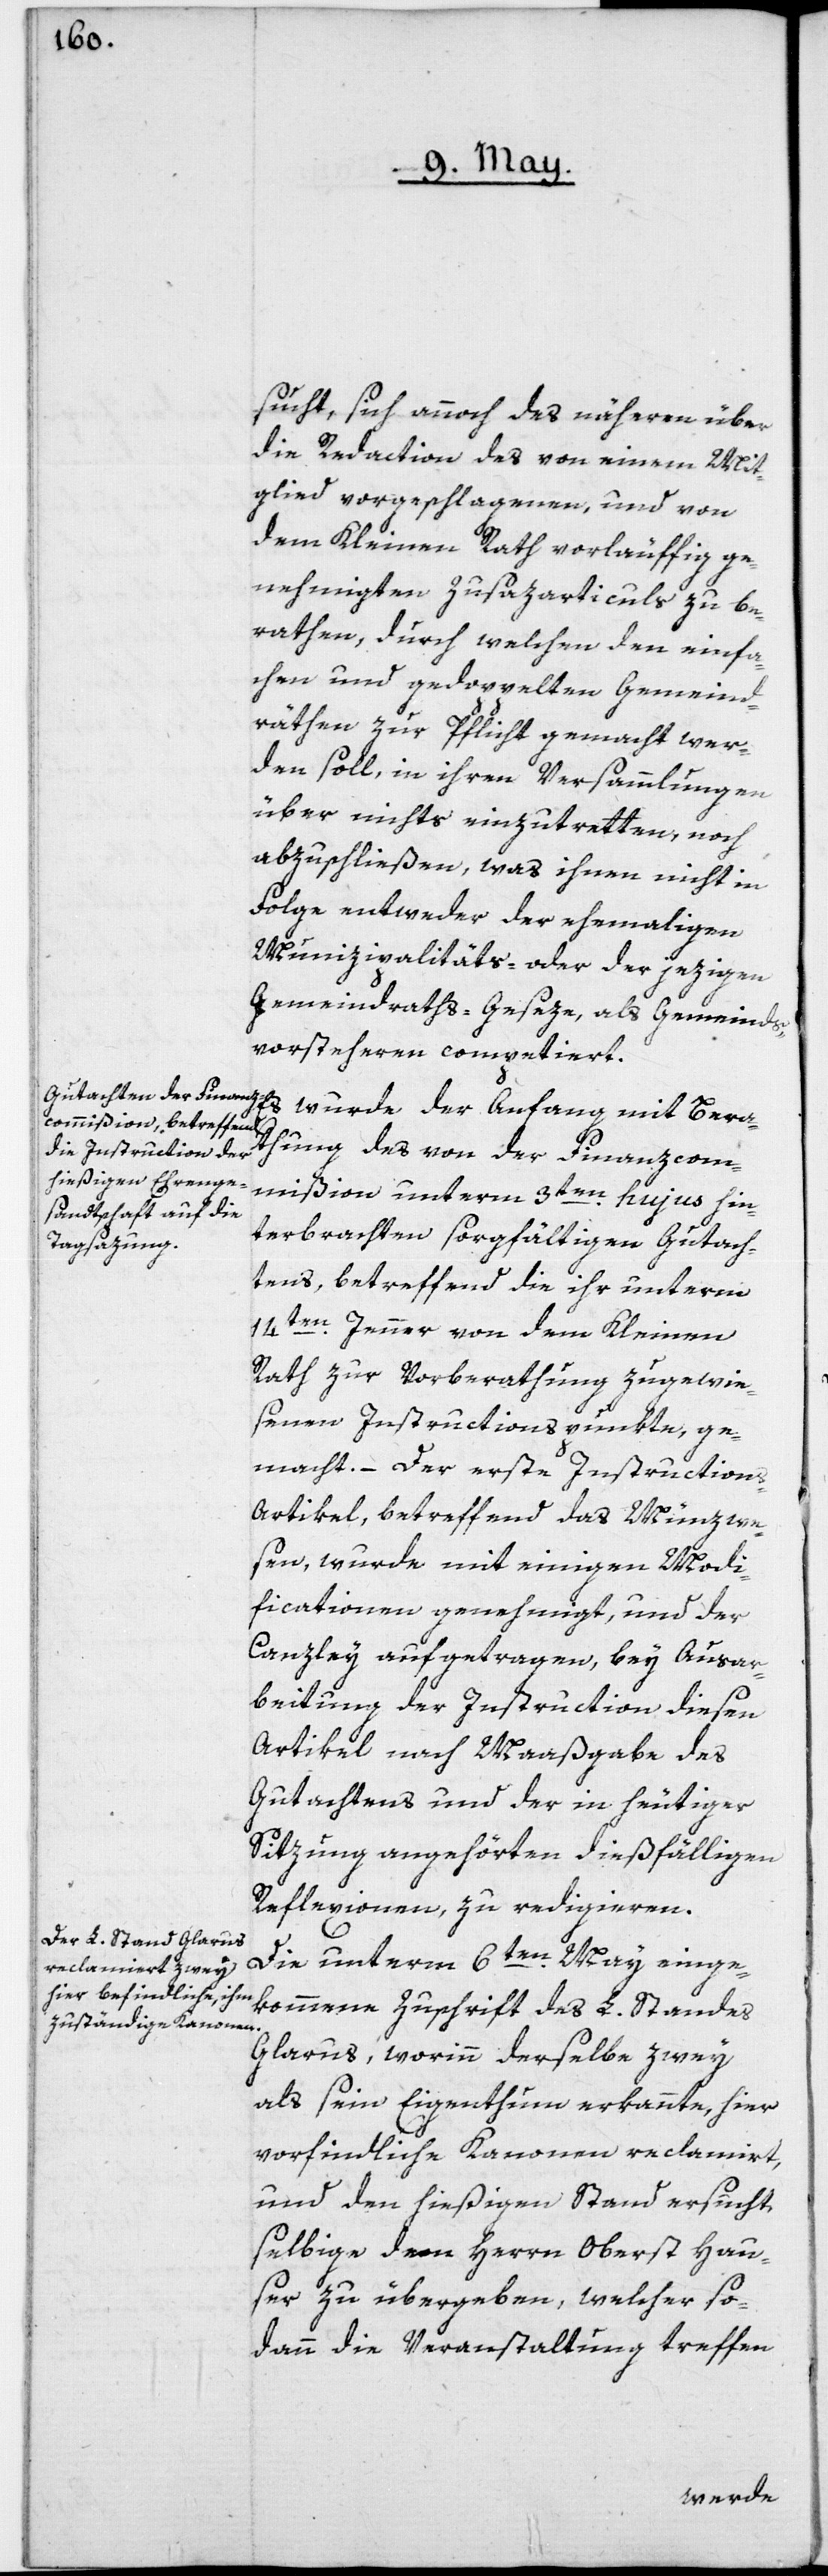
sucht, sich annoch des näheren über
die Redaction des von einem Mit¬
glied vorgeschlagenen, und von
dem Kleinen Rath vorläuffig ge¬
nehmigten Zusazarticuls zu be¬
rathen, durch welchen den einfa¬
chen und gedoppelten Gemeind¬
räthen zur Pflicht gemacht wer¬
den soll, in ihren Versammlungen
über nichts einzutretten, noch
abzuschließen, was ihnen nicht in
Folge entweder der ehemaligen
Munizipalitäts- oder der jezigen
Gemeindraths-Geseze, als Gemeinds¬
vorsteheren competiert.
Es wurde der Anfang mit Bera¬
thung des von der Finanzcom¬
mißion unterm 3ten hujus hin¬
terbrachten sorgfältigen Gutach¬
tens, betreffend die ihr unterm
14ten Jenner von dem Kleinen
Rath zur Vorberathung zugewie¬
senen Instructionspunkte, ge¬
macht. – Der erste Instruction¬
s-Artikel, betreffend das Münzwe¬
sen, wurde mit einigen Modi¬
ficationen genehmigt, und der
Canzley aufgetragen, bey Ausar¬
beitung der Instruction diesen
Artikel nach Maaßgabe des
Gutachtens und der in heutiger
Sizung angehörten dießfälligen
Reflexionen, zu redigieren.
Die unterm 6ten May einge¬
kommene Zuschrift des L. Standes
Glarus, worinn derselbe zwey
als sein Eigenthum erkannte, hier
vorfindliche Kanonen reclamirt,
und den hießigen Stand ersucht,
selbige dem Herrn Oberst Hau¬
ser zu übergeben, welcher so¬
dann die Veranstaltung treffen